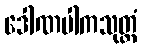
ဒေါဏပါကသုတ္တံ